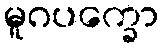
မူဂပက္ခော